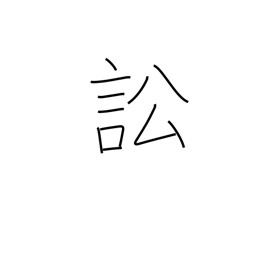
Meaning: accuse